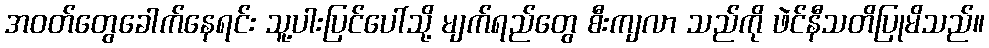
အဝတ်တွေခေါက်နေရင်း သူ့ပါးပြင်ပေါ်သို့ မျက်ရည်တွေ စီးကျလာ သည်ကို ဖဲင်နီသတိပြုမိသည်။